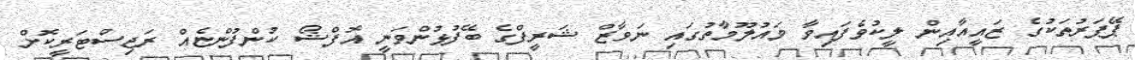
ޕޭޕަރުތަކުގެ ޒައީއާއިން ލީކުވެފައިވާ މައުލޫމާތުގައި ނަވާޒް ޝަރީފްގެ ބޭފުޅުންވަނީ އޮފްޝޯ ކުންފުންޏެއް ރަޖިސްޓަރީކޮށް